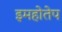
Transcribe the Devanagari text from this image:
इमहोतेप